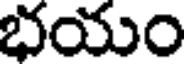
భయం